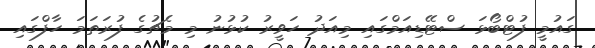
ގައުމީ ފުޓްބޯޅަ ސްޓޭޑިއަމްގައި މިއަދު ހަވީރު ކުޅުނު މި މެޗުގެ ފުރަތަމަ ހާފްގައި